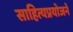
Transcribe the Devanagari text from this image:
साहित्यप्रयोजने